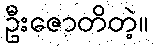
ဦးဇောတိတဲ့။